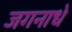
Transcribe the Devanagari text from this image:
जगनाधे